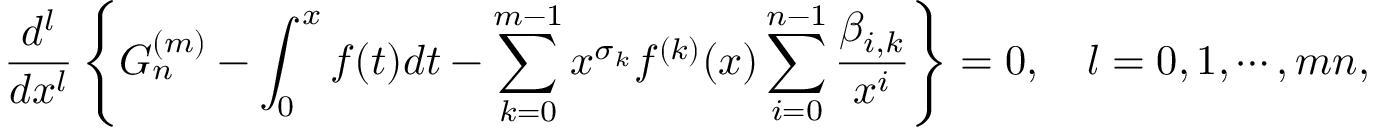
\frac { d ^ { l } } { d x ^ { l } } \left\{ G _ { n } ^ { ( m ) } - \int _ { 0 } ^ { x } f ( t ) d t - \sum _ { k = 0 } ^ { m - 1 } x ^ { \sigma _ { k } } f ^ { ( k ) } ( x ) \sum _ { i = 0 } ^ { n - 1 } \frac { \beta _ { i , k } } { x ^ { i } } \right\} = 0 , \quad l = 0 , 1 , \cdots , m n ,